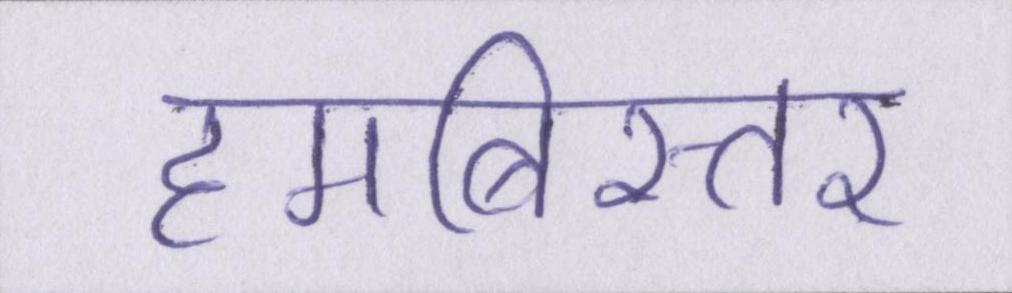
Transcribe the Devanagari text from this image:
हमबिस्तर